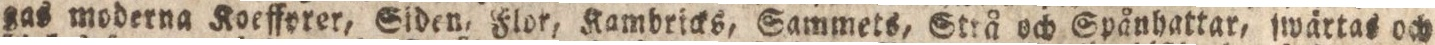
gas moderna Koeffprer, Siden, Flor, Kambricks, Sammets, Strå och Spånhattar, ſwärtas och